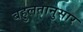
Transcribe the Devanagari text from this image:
बहुलतानुसार